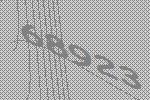
68923